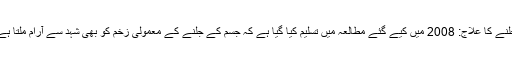
جلنے کا علاج: 2008 میں کیے گئے مطالعہ میں تسلیم کیا گیا ہے کہ جسم کے جلنے کے معمولی زخم کو بھی شہد سے آرام ملتا ہے۔